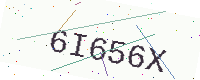
Text: 6I656X